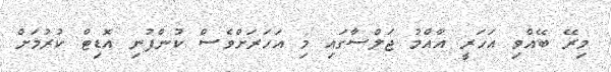
މިރޭ ބޭއްވި އަހަރީ އާއްމު ޖަލްސާގައި މި އަހަރަށްވެސް ކުންފުނި އޮޑިޓް ކުރުމަށް